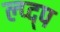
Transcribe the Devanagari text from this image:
ल्प्द्प